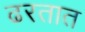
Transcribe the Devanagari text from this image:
ढरतात